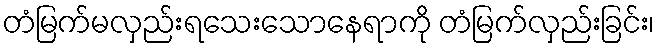
တံမြက်မလှည်းရသေးသောနေရာကို တံမြက်လှည်းခြင်း၊